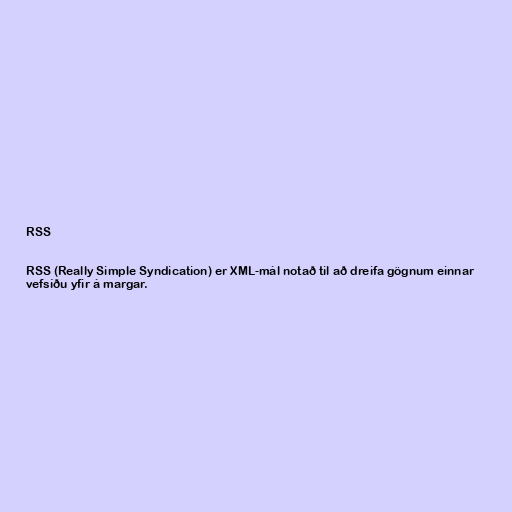
RSS

RSS (Really Simple Syndication) er XML-mál notað til að dreifa gögnum einnar
vefsíðu yfir á margar.